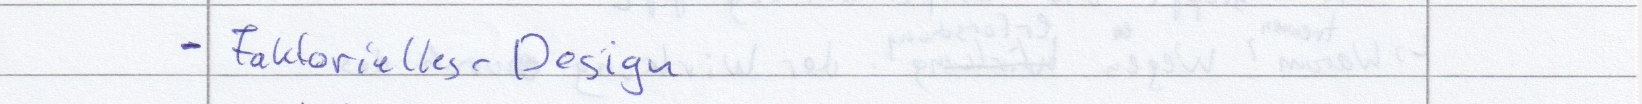
- Faktorielles - Design